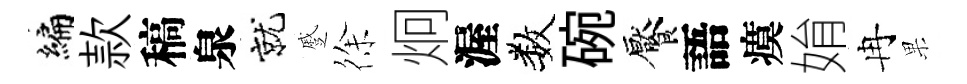
编款稿泉就蹙徐炯渥数碗饜語瘼姢冉果